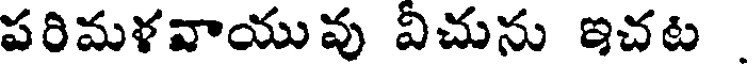
పరిమళవాయువు విచును ఇచట